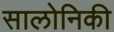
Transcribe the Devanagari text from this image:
सालोनिकी